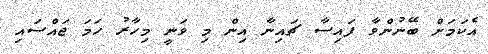
އެކަމަށް ބޭނުންވާ ފައިސާ ޗައިނާ އިން މި ވަނީ މިހާރު ހަމަ ޖައްސައި